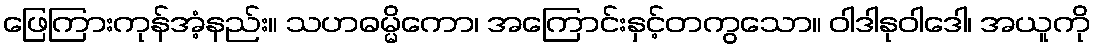
ဖြေကြားကုန်အံ့နည်း။ သဟဓမ္မိကော၊ အကြောင်းနှင့်တကွသော။ ဝါဒါနုဝါဒေါ၊ အယူကို